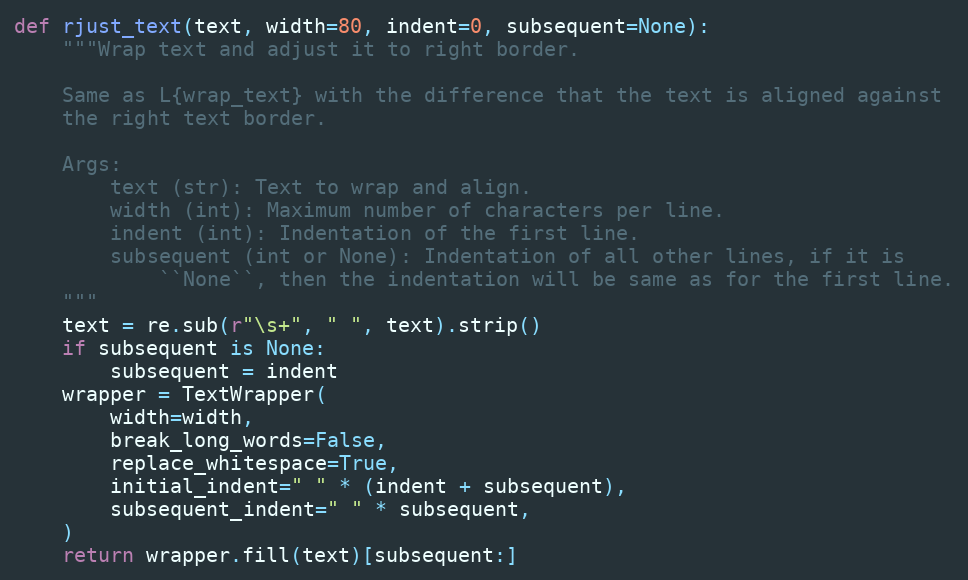
Language: Python
def rjust_text(text, width=80, indent=0, subsequent=None):
    """Wrap text and adjust it to right border.

    Same as L{wrap_text} with the difference that the text is aligned against
    the right text border.

    Args:
        text (str): Text to wrap and align.
        width (int): Maximum number of characters per line.
        indent (int): Indentation of the first line.
        subsequent (int or None): Indentation of all other lines, if it is
            ``None``, then the indentation will be same as for the first line.
    """
    text = re.sub(r"\s+", " ", text).strip()
    if subsequent is None:
        subsequent = indent
    wrapper = TextWrapper(
        width=width,
        break_long_words=False,
        replace_whitespace=True,
        initial_indent=" " * (indent + subsequent),
        subsequent_indent=" " * subsequent,
    )
    return wrapper.fill(text)[subsequent:]